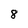
Character: 8